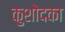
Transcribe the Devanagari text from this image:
कुशोदका